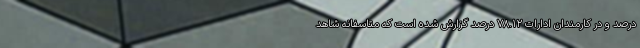
درصد و در کارمندان ادارات ۷۸.۱۲ درصد گزارش شده است که متاسفانه شاهد